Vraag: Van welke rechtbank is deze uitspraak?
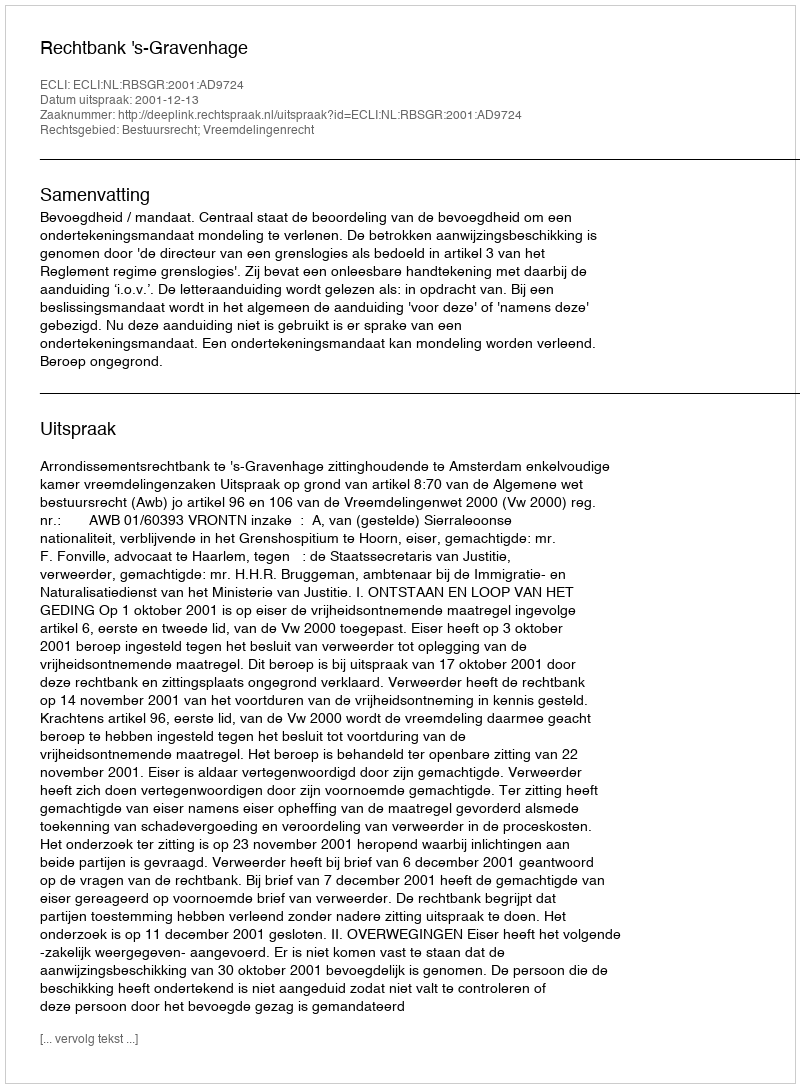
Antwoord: Rechtbank 's-Gravenhage